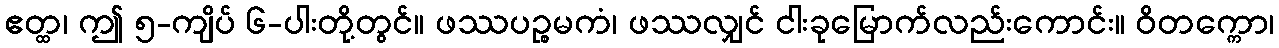
ဧတ္ထ၊ ဤ ၅-ကျိပ် ၆-ပါးတို့တွင်။ ဖဿပဉ္စမကံ၊ ဖဿလျှင် ငါးခုမြောက်လည်းကောင်း။ ဝိတက္ကော၊